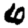
Digit: 6